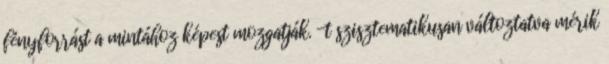
fényforrást a mintához képest mozgatják. -t szisztematikusan változtatva mérik